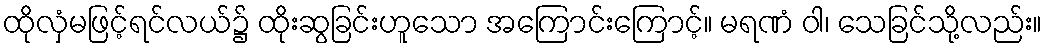
ထိုလှံမဖြင့်ရင်လယ်၌ ထိုးဆွခြင်းဟူသော အကြောင်းကြောင့်။ မရဏံ ဝါ၊ သေခြင်သို့လည်း။